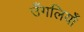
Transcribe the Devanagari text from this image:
उँगलियोँ